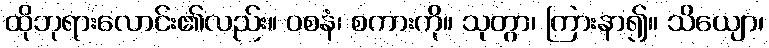
ထိုဘုရားလောင်း၏လည်း။ ဝစနံ၊ စကားကို။ သုတွာ၊ ကြားနာ၍။ သိယျော၊